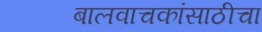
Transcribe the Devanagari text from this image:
बालवाचकांसाठीचा